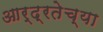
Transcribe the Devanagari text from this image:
आर्द्रतेच्या